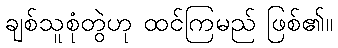
ချစ်သူစုံတွဲဟု ထင်ကြမည် ဖြစ်၏။